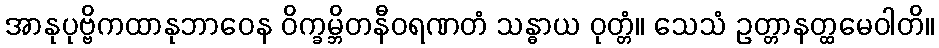
အာနုပုဗ္ဗိကထာနုဘာဝေန ဝိက္ခမ္ဘိတနီဝရဏတံ သန္ဓာယ ဝုတ္တံ။ သေသံ ဥတ္တာနတ္ထမေဝါတိ။